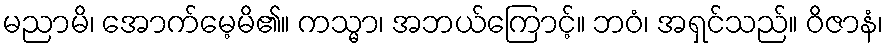
မညာမိ၊ အောက်မေ့မိ၏။ ကသ္မာ၊ အဘယ်ကြောင့်။ ဘဝံ၊ အရှင်သည်။ ဝိဇာနံ၊